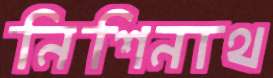
নিশিনাথ